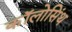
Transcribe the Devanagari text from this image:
कॉलोसिंथ